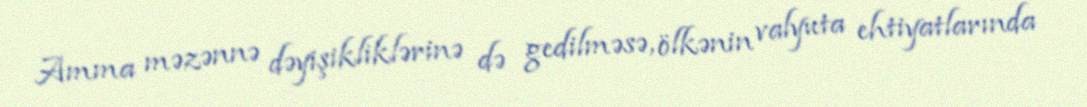
Amma məzənnə dəyişikliklərinə də gedilməsə, ölkənin valyuta ehtiyatlarında